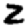
Digit: 2